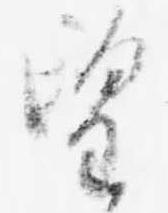
望